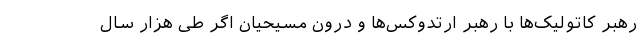
رهبر کاتولیک‌ها با رهبر ارتدوکس‌ها و درون مسیحیان اگر طی هزار سال